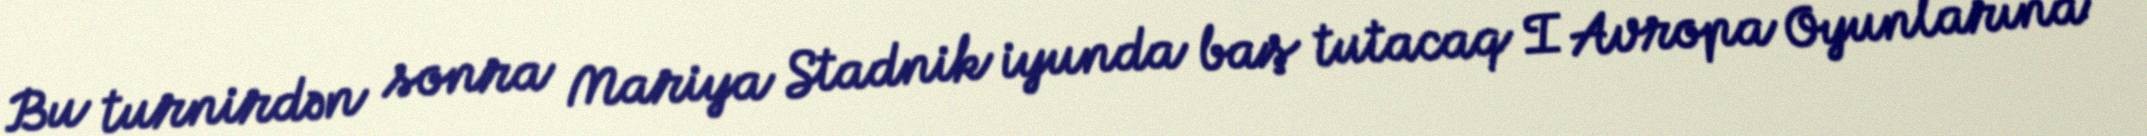
Bu turnirdən sonra Mariya Stadnik iyunda baş tutacaq I Avropa Oyunlarına